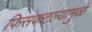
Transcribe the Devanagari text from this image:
फिसकटल्यामुळे